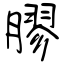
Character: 膠